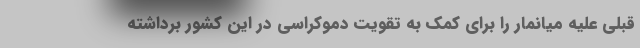
قبلی علیه میانمار را برای کمک به تقویت دموكراسی در این کشور برداشته